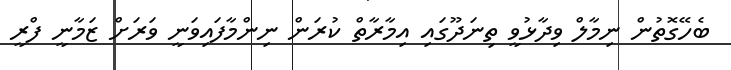
ބެހޭގޮތުން ނިމާލް ވިދާޅުވީ ތިނަދޫގައި އިމާރާތް ކުރަން ނިންމާފައިވަނީ ވަރަށް ޒަމާނީ ފްރީ